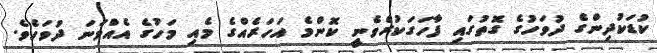
ކުޑަކުދިންގެ ދުވަހުގެ ގޮތުގައި ފާހަގަކުރެވެނީ ކޮންމެ އަހަރެއްގެ މެއި މަހުގެ އެއްވަނަ ދުވަހެވެ.